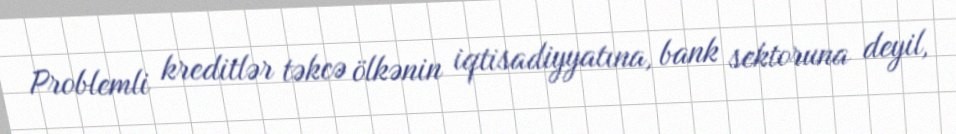
Problemli kreditlər təkcə ölkənin iqtisadiyyatına, bank sektoruna deyil,